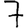
Digit: 7